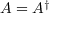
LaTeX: A = A ^ { \dagger }